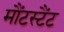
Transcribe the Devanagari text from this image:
मौंटस्टैंट